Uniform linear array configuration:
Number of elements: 4
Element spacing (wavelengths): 0.5
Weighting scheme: cosine
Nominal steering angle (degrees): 30
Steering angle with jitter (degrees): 29.505
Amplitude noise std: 0.05
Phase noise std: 0.05

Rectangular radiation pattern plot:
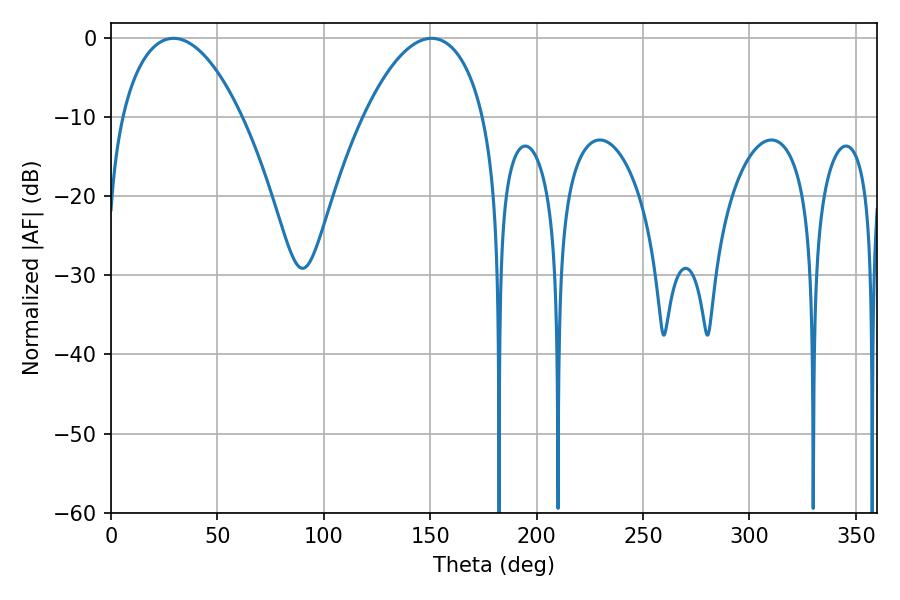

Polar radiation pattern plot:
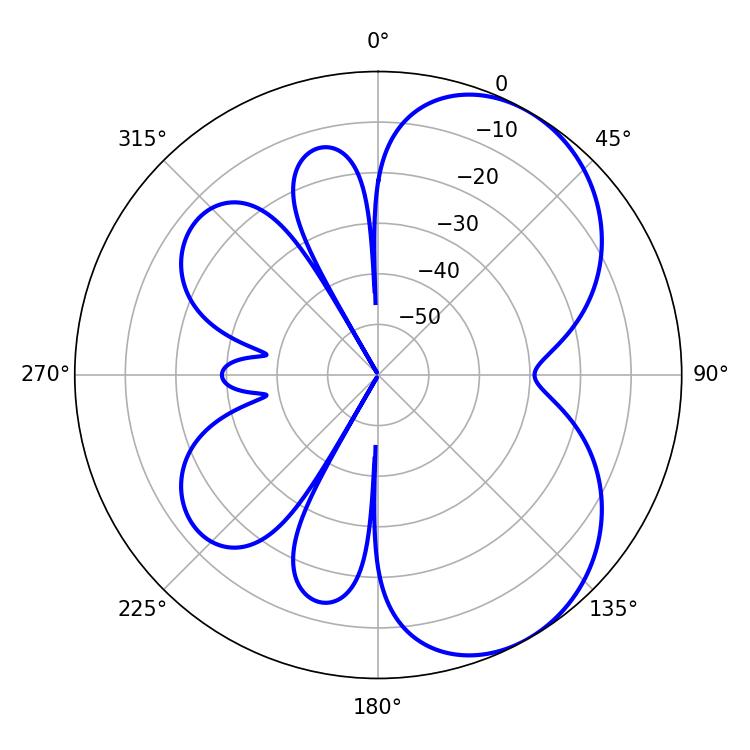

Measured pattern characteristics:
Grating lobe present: FALSE
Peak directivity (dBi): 5.493
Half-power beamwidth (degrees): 31.68
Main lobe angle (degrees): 29.34